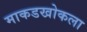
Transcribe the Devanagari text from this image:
माकडखोकला